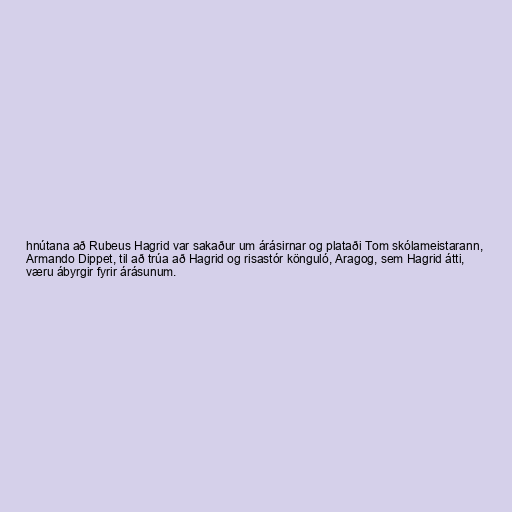
hnútana að Rubeus Hagrid var sakaður um árásirnar og plataði Tom skólameistarann,
Armando Dippet, til að trúa að Hagrid og risastór könguló, Aragog, sem Hagrid átti,
væru ábyrgir fyrir árásunum.